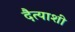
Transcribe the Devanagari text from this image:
दैत्याशी